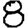
Digit: 8